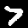
Label: 7